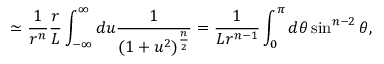
\simeq { \frac { 1 } { r ^ { n } } } { \frac { r } { L } } \int _ { - \infty } ^ { \infty } d u { \frac { 1 } { ( 1 + u ^ { 2 } ) ^ { \frac { n } { 2 } } } } = { \frac { 1 } { L r ^ { n - 1 } } } \int _ { 0 } ^ { \pi } d \theta \sin ^ { n - 2 } \theta ,